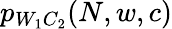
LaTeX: p_{W_{1}C_{2}}(N,w,c)